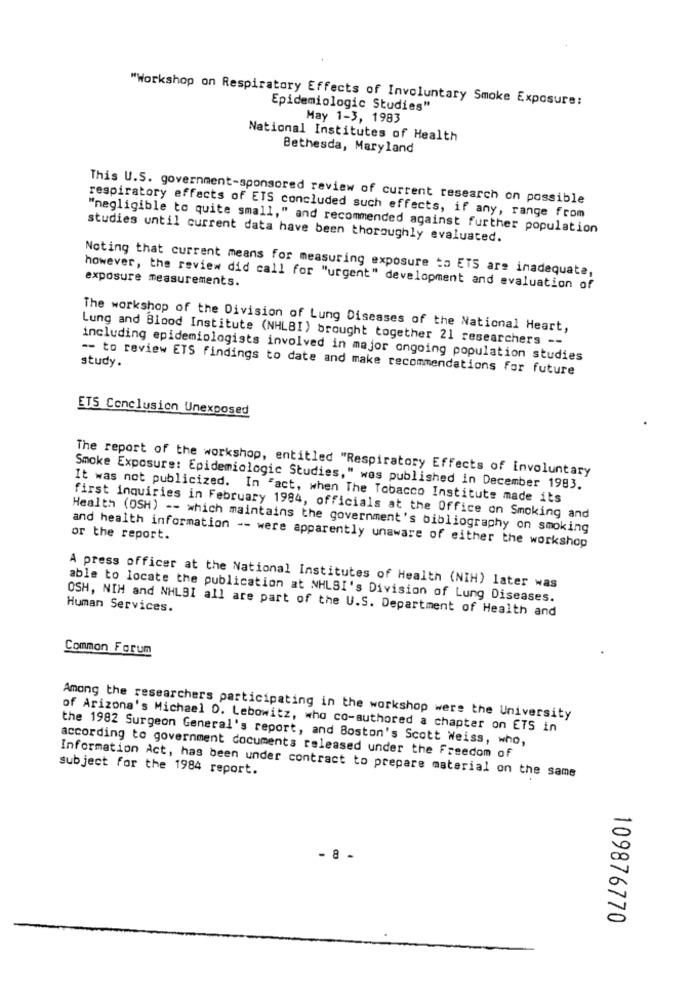
"Workshop on Respiratory Effects of Involuntary Smoke Exposure:
Epidemiologic Studies"
May 1-3, 1983
National Institutes of Health
Bethesda, Maryland
This U.S. government-sponsored review of current research on possible
respiratory effects of ETS concluded such effects, if any, range from
"negligible to quite small," and recommended against further population
studies until current data have been thoroughly evaluated.
Noting that current means for measuring exposure to ETS are inadequate,
exposure measurements.
however, the review did call for "urgent" development and evaluation of
The workshop of the Division of Lung Diseases of the National Heart,
Lung and Blood Institute (NHLBI) brought together 21 researchers --
study.
including epidemiologists involved in major ongoing population studies
-- to review ETS findings to date and make recommendations for future
ETS Conclusion Unexposed
The report of the workshop, entitled "Respiratory Effects of involuntary
Smoke Exposure: Epidemiologic Studies," was published in December 1983.
It was not publicized. In Fact, when The Tobacco Institute made its
first inquiries in February 1984, officials at the Office on Smoking and
Health (OSH) -- which maintains the government's bibliography on smoking
or the report.
and health information -- were apparently unaware of either the workshop
A press officer at the National Institutes of Health (NIH) later was
able to locate the publication at NHLSI's Division of Lung Diseases.
Human Services.
OSH, NIH and NHLSI all are part of the U.S. Department of Health and
Common Forum
Among the researchers participating in the workshop were the University
of Arizona's Michael 0. Lebowitz, who co-authored a chapter on ETS in
the 1982 Surgeon General's report, and Boston's Scott Weiss, who,
according to government documents released under the Freedom of
subject for the 1984 report.
Information Act, has been under contract to prepare material on the same
- 8 -
109876770